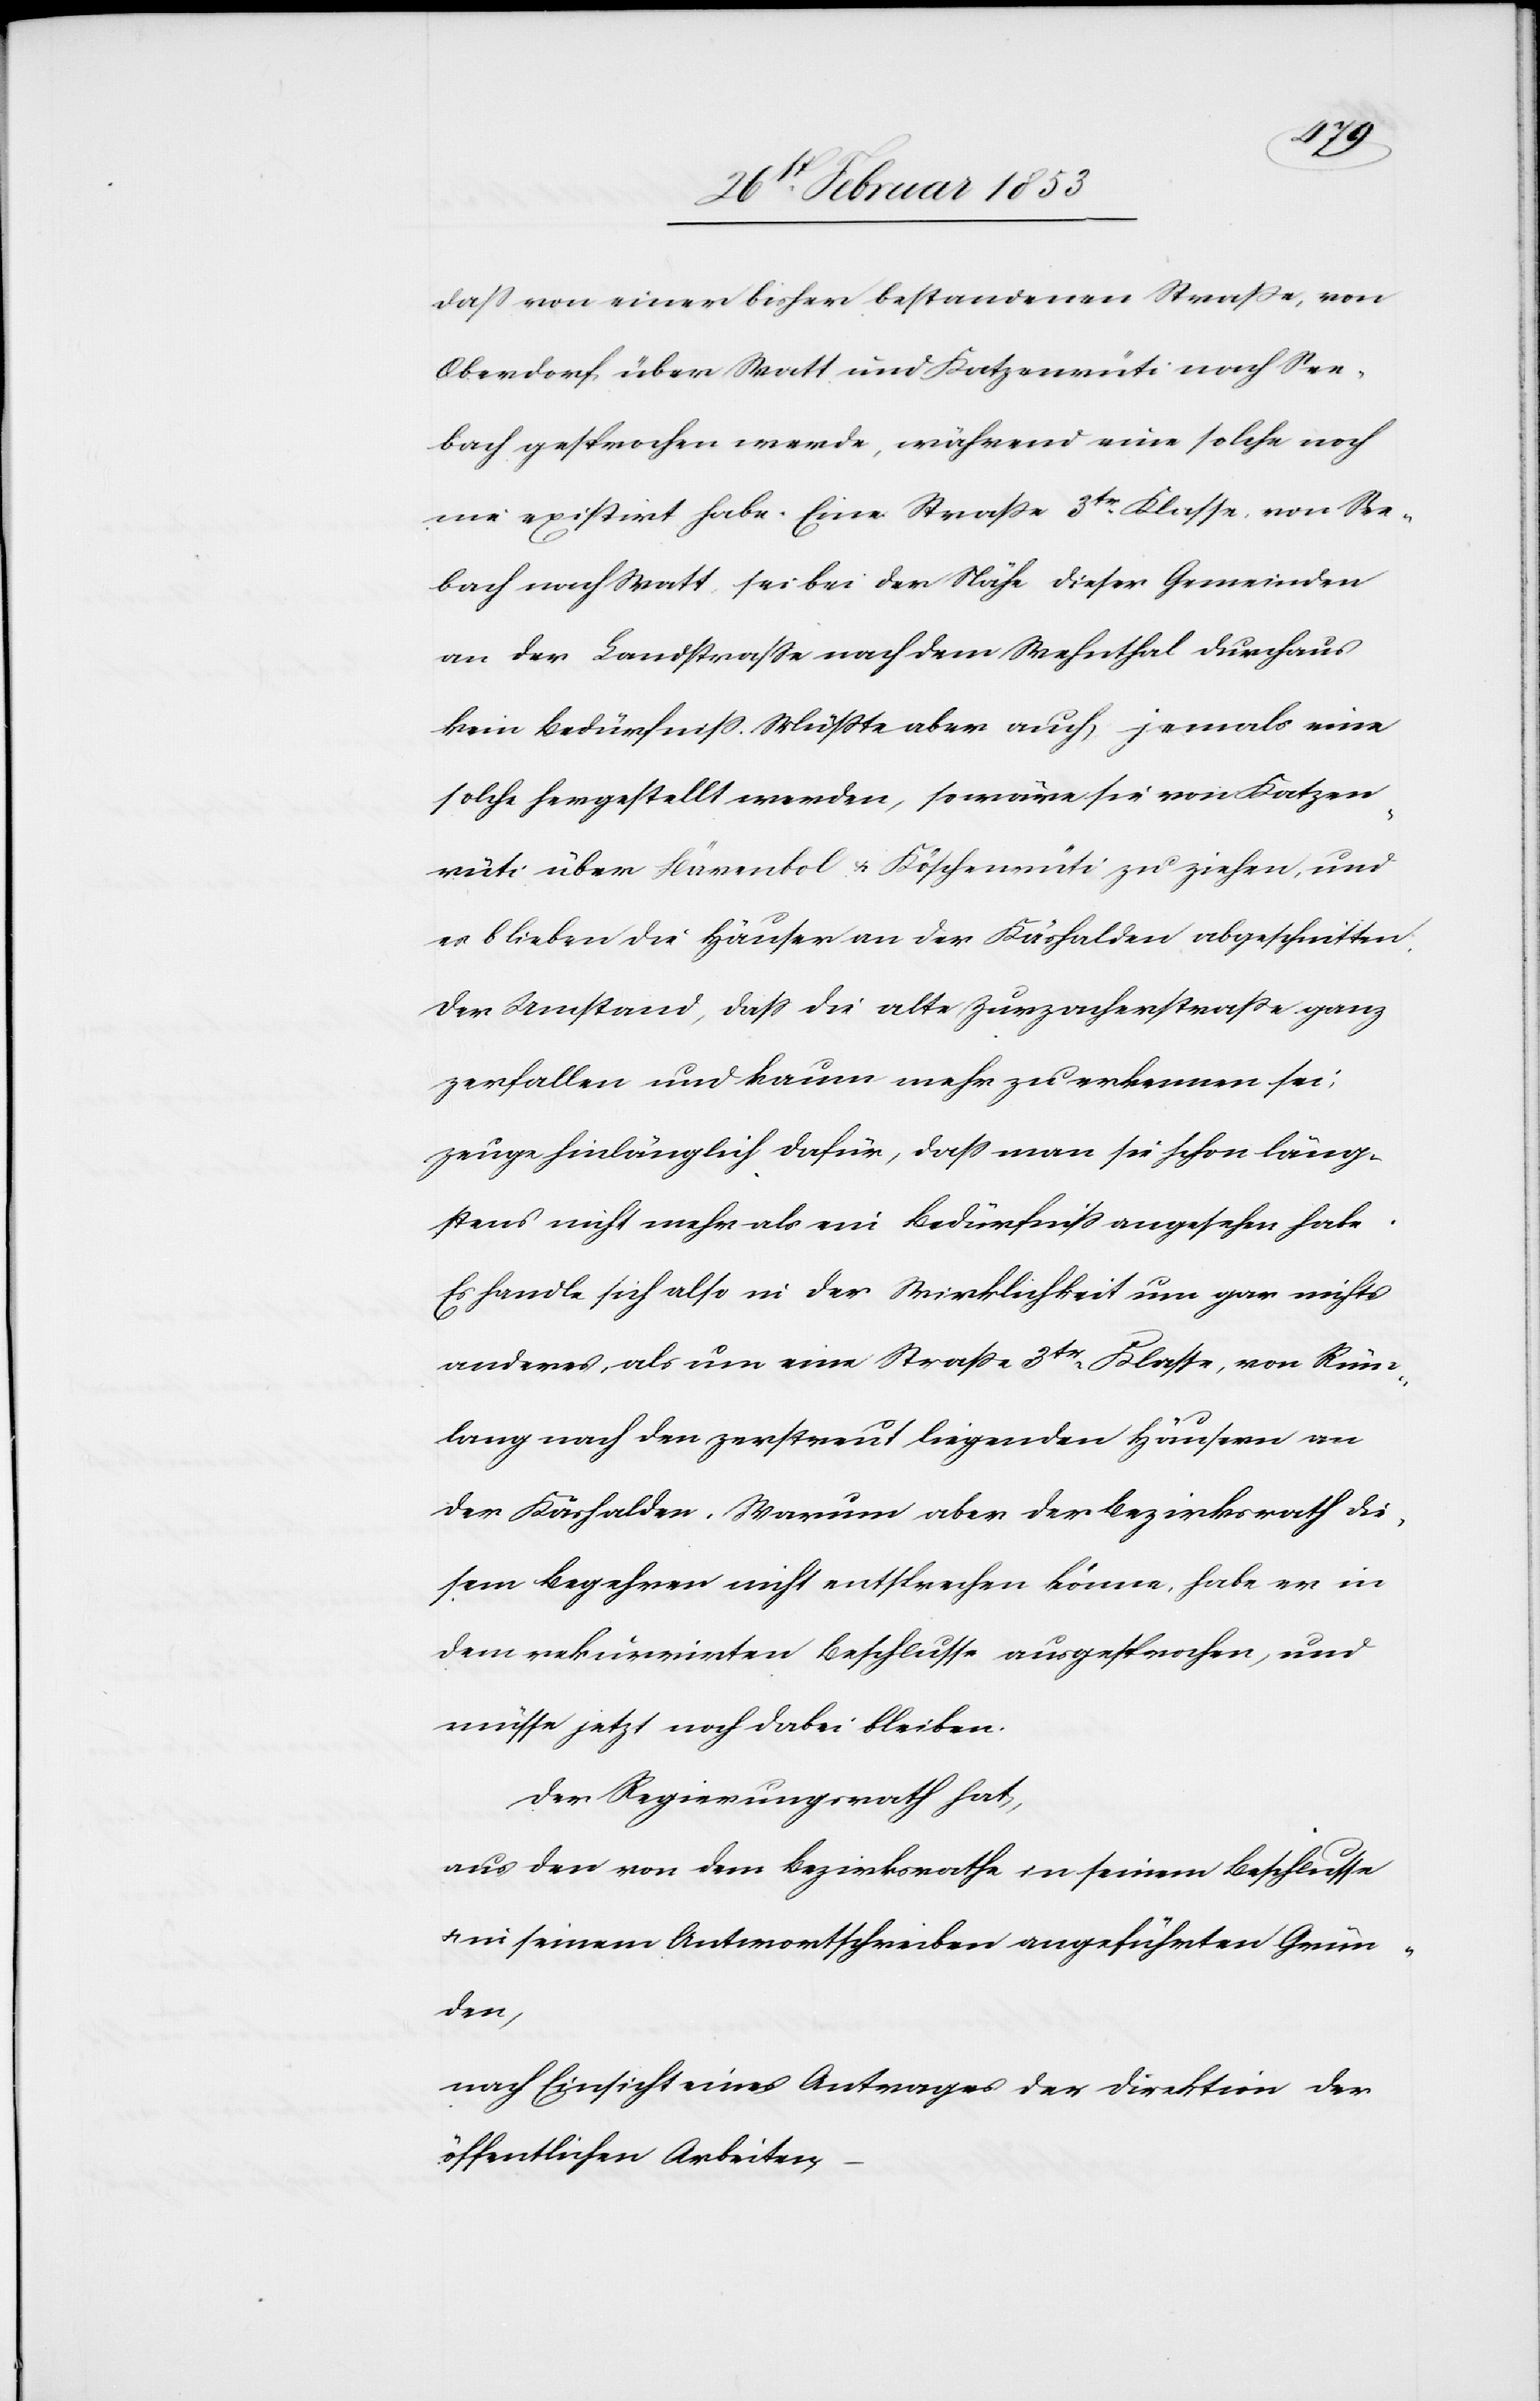
daß von einer bisher bestandenen Straße, von
Oberdorf, über Watt und Katzenrüti nach See¬
bach gesprochen werde, während eine solche noch
nie existirt habe. Eine Straße 3tr. Klasse, von See¬
bach nach Watt sei bei der Nähe dieser Gemeinden
an der Landstraße nach dem Wehnthal durchaus
kein Bedürfniß. Müßte aber auch, jemals eine
solche hergestellt werden, so wäre sie von Katzen¬
rüti über Bärentobel u. Köschenrüti zu ziehen, und
es blieben die Häuser an der Käshalden abgeschnitten.
Der Umstand, daß die alte Zurzacherstraße ganz
zerfallen und kaum mehr zu erkennen sei,
zeuge hinlänglich dafür, daß man sie schon läng¬
stens nicht mehr als ein Bedürfniß angesehen habe.
Es handle sich also in der Wirklichkeit um gar nichts
anderes, als um eine Straße 3tr. Klasse, von Rüm¬
lang nach den zerstreut liegenden Häusern an
der Käshalden. Warum aber der Bezirksrath die¬
sem Begehren nicht entsprechen könne, habe er in
dem rekurrirten Beschlusse ausgesprochen, und
müsse jetzt noch dabei bleiben.
Der Regierungsrath hat,
aus der von den Bezirksrathe in seinem Beschlusse
u. in seinem Antwortschreiben angeführten Grün¬
den,
nach Einsicht eines Antrages der Direktion der
öffentlichen Arbeiten,

–